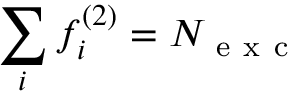
\sum _ { i } f _ { i } ^ { ( 2 ) } = N _ { \mathrm { ~ e ~ x ~ c ~ } }